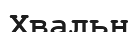
Хвальн